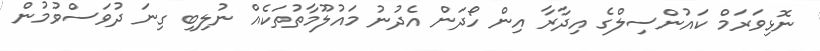
ނޮޅިވަރަމް ކައުންސިލްގެ އިދާރާ އިން ހޯދަން އެދުނު މައުލޫމާތުތަކެއް ނުލިބި ގިނަ ދުވަސްވުމުން